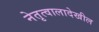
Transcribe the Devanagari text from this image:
नेतृत्वालादेखील